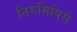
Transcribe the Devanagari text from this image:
तिरुमिषिसै